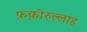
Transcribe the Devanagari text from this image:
फ़क़ीरुल्लाह